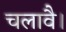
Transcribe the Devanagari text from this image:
चलावै।